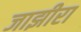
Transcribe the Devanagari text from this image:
जाझीरा